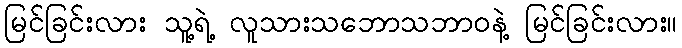
မြင်ခြင်းလား သူ့ရဲ့ လူသားသဘောသဘာဝနဲ့ မြင်ခြင်းလား။